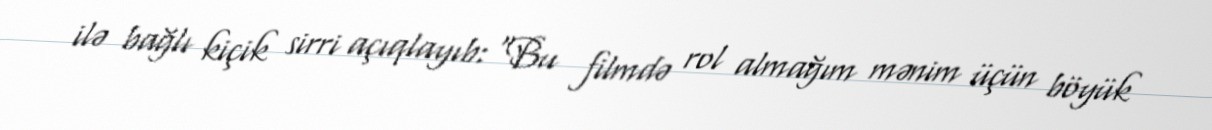
ilə bağlı kiçik sirri açıqlayıb: “Bu filmdə rol almağım mənim üçün böyük